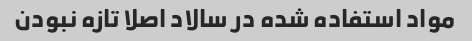
مواد استفاده شده در سالاد اصلا تازه نبودن